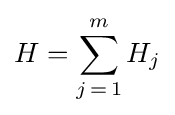
H=\sum _{j\mathop {=} 1}^{m}H_{j}